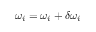
\omega _ { i } = \omega _ { i } + \delta \omega _ { i }